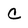
Character: C